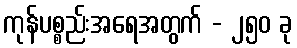
ကုန်ပစ္စည်းအရေအတွက် - ၂၅၀ ခု